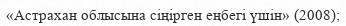
«Астрахан облысына сіңірген еңбегі үшін» (2008);